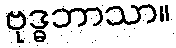
ဗုဒ္ဓဘာသာ။